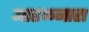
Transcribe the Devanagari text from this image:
आढळनारा